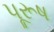
પૂરૂષ